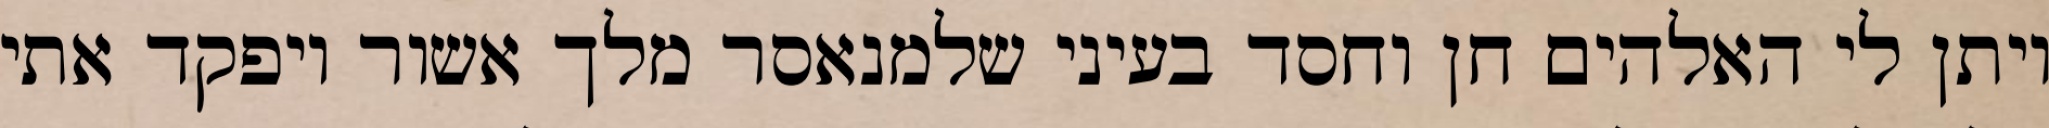
ויתן לי האלהים חן וחסד בעיני שלמנאסר מלך אשור ויפקד אתי